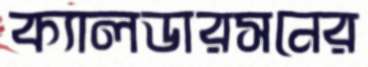
ক্যালডারসনের